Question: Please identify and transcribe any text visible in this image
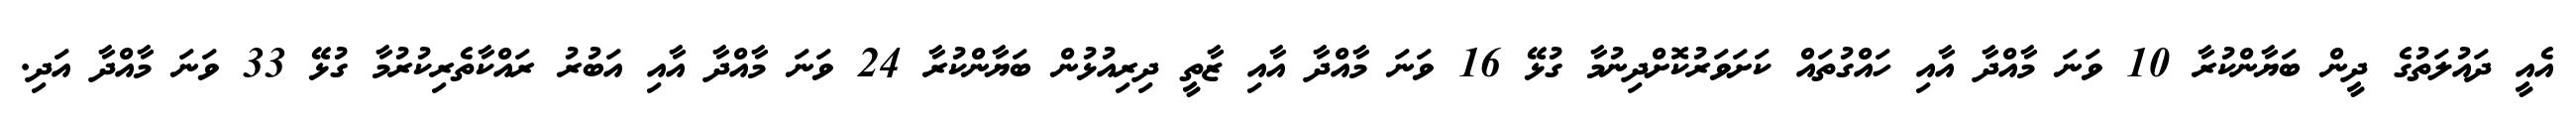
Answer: އެއީ ދައުލަތުގެ ދީން ބަޔާންކުރާ 10 ވަނަ މާއްދާ އާއި ހައްގުތައް ކަށަވަރުކޮށްދިނުމާ ގުޅޭ 16 ވަނަ މާއްދާ އާއި ޒާތީ ދިރިއުޅުން ބަޔާންކުރާ 24 ވަނަ މާއްދާ އާއި އަބުރު ރައްކާތެރިކުރުމާ ގުޅޭ 33 ވަނަ މާއްދާ އަދި.